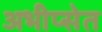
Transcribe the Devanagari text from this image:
अभीप्सेत